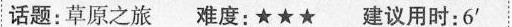
话题:草原之旅 难度:★★★……建议用时:6'